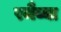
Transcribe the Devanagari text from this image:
रमैय्या